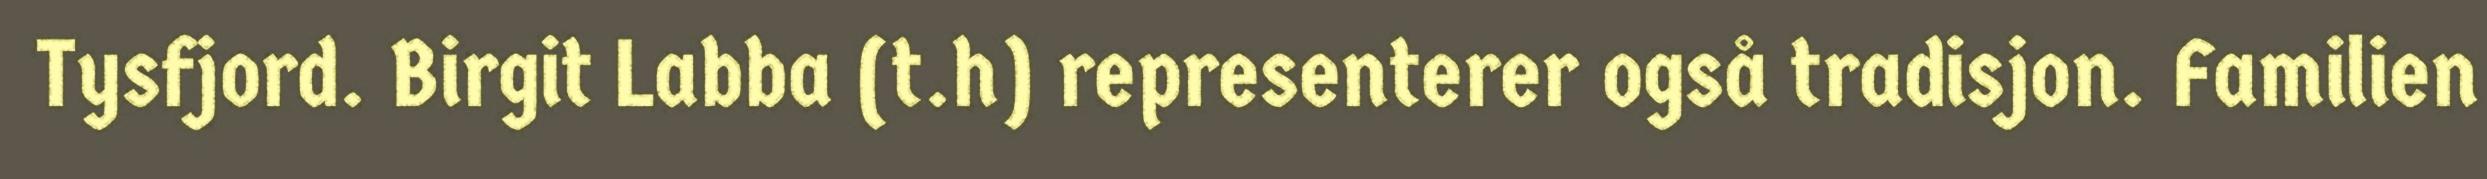
Tysfjord. Birgit Labba (t.h) representerer også tradisjon. Familien